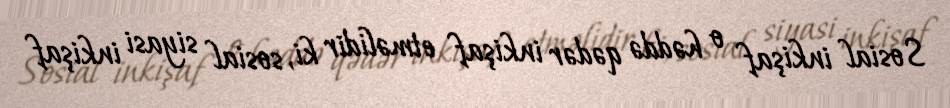
Sosial inkişaf o həddə qədər inkişaf etməlidir ki, sosial siyasi inkişaf